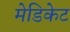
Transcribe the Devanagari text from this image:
मेडिकेट